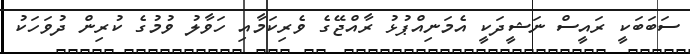
ސަބަބަކީ ރައީސް ނަޝީދަކީ އެމަނިއްޕުޅު ރާއްޖޭގެ ވެރިކަމާއި ހަވާލު ވުމުގެ ކުރިން ދުވަހަކު